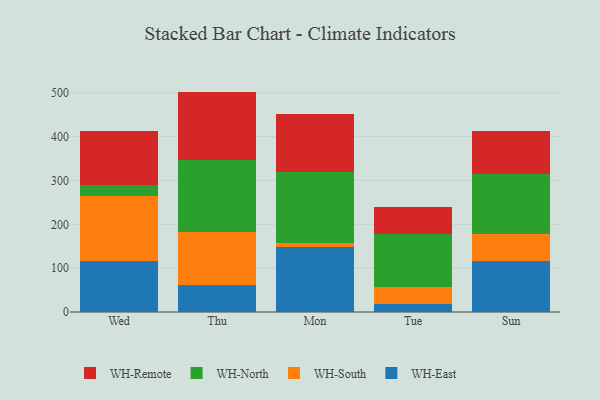
{"axis": {"x": "Day", "y": "Page Views"}, "legend": ["WH-East", "WH-North", "WH-Remote", "WH-South"], "data": [{"x": "Wed", "y": 117.2, "type": "WH-East"}, {"x": "Wed", "y": 148.0, "type": "WH-South"}, {"x": "Wed", "y": 23.8, "type": "WH-North"}, {"x": "Wed", "y": 123.4, "type": "WH-Remote"}, {"x": "Thu", "y": 60.7, "type": "WH-East"}, {"x": "Thu", "y": 122.7, "type": "WH-South"}, {"x": "Thu", "y": 163.7, "type": "WH-North"}, {"x": "Thu", "y": 155.5, "type": "WH-Remote"}, {"x": "Mon", "y": 149.2, "type": "WH-East"}, {"x": "Mon", "y": 8.5, "type": "WH-South"}, {"x": "Mon", "y": 160.8, "type": "WH-North"}, {"x": "Mon", "y": 133.0, "type": "WH-Remote"}, {"x": "Tue", "y": 18.0, "type": "WH-East"}, {"x": "Tue", "y": 40.0, "type": "WH-South"}, {"x": "Tue", "y": 119.1, "type": "WH-North"}, {"x": "Tue", "y": 63.3, "type": "WH-Remote"}, {"x": "Sun", "y": 117.3, "type": "WH-East"}, {"x": "Sun", "y": 60.1, "type": "WH-South"}, {"x": "Sun", "y": 136.4, "type": "WH-North"}, {"x": "Sun", "y": 99.0, "type": "WH-Remote"}]}